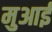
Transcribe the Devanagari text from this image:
मुआई